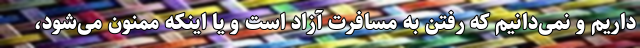
داریم و نمی‌دانیم که رفتن به مسافرت آزاد است و یا اینکه ممنون می‌شود،